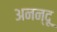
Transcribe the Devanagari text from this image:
अनन्‍दू